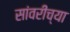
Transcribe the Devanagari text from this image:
सांवरीच्या